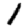
Digit: 1